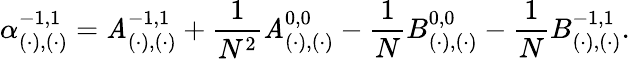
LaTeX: \alpha_{(\cdot),(\cdot)}^{-1,1}=\mathit{A}_{(\cdot),(\cdot)}^{-1,1}+\frac{{1}}{{N^{2}}}\mathit{A}_{(\cdot),(\cdot)}^{0,0}-\frac{{1}}{{N}}B_{(\cdot),(\cdot)}^{0,0}-\frac{{1}}{{N}}B_{(\cdot),(\cdot)}^{-1,1}.